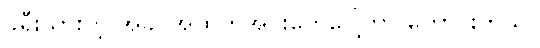
ခရီးသွားတဲ့ အခါ အထုတ်အပိုးတွေပေါ့တာ ကောင်းတယ်။